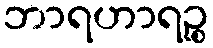
ဘာရဟာရဉ္စ